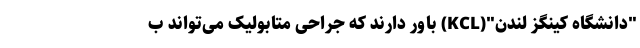
"دانشگاه کینگز لندن"(KCL) باور دارند که جراحی متابولیک می‌تواند ب